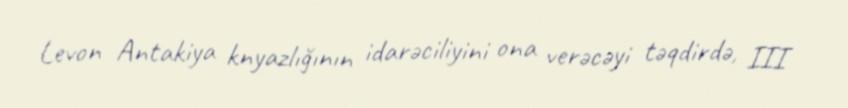
Levon Antakiya knyazlığının idarəciliyini ona verəcəyi təqdirdə, III